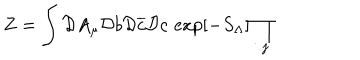
Z = \int \mathcal { D } A _ { \mu } \mathcal { D } b \mathcal { D } \overline { { c } } \mathcal { D } c \, \exp [ - S _ { \Lambda } ] \prod _ { j }